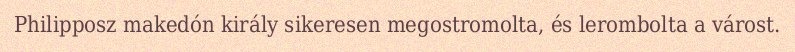
Philipposz makedón király sikeresen megostromolta, és lerombolta a várost.